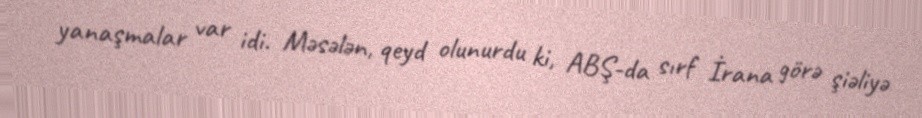
yanaşmalar var idi. Məsələn, qeyd olunurdu ki, ABŞ-da sırf İrana görə şiəliyə